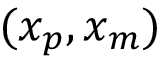
( x _ { p } , x _ { m } )